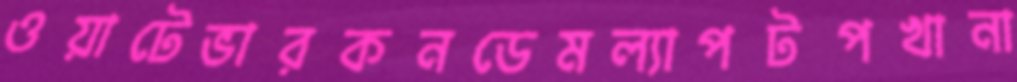
ওয়াটেভারকনডেমল্যাপটপখানা